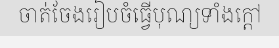
ចាត់ចែងរៀបចំធ្វើបុណ្យទាំងក្តៅ